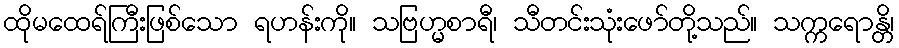
ထိုမထေရ်ကြီးဖြစ်သော ရဟန်းကို။ သဗြဟ္မစာရီ၊ သီတင်းသုံးဖော်တို့သည်။ သက္ကရောန္တိ၊